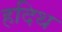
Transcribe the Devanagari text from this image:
हदिथ